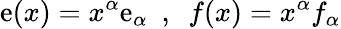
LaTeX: \mathrm{e}(x)=x^{\alpha}\mathrm{e}_{\alpha}\ \ ,\ \ f(x)=x^{\alpha}f_{\alpha}